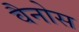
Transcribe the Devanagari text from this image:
वैनोस